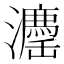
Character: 𱪉